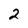
Character: 2